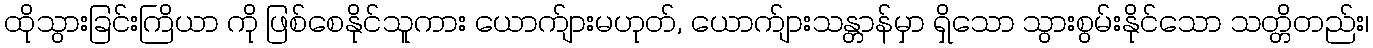
ထိုသွားခြင်းကြိယာ ကို ဖြစ်စေနိုင်သူကား ယောက်ျားမဟုတ်, ယောက်ျားသန္တာန်မှာ ရှိသော သွားစွမ်းနိုင်သော သတ္တိတည်း၊